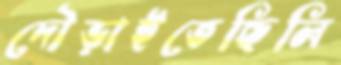
দৌড়াইতেছিলি